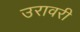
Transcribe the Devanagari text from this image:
उरावरी